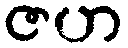
ဇဟ